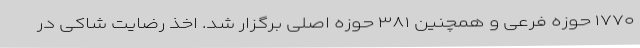
۱۷۷۰ حوزه فرعی و همچنین ۳۸۱ حوزه اصلی برگزار شد. اخذ رضایت شاکی در